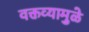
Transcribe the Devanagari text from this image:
वक्तव्यामुळे